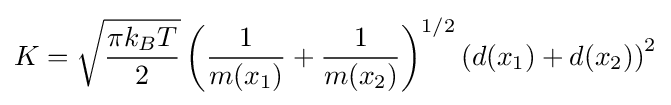
K={\sqrt {\frac {\pi k_{B}T}{2}}}\left({\frac {1}{m(x_{1})}}+{\frac {1}{m(x_{2})}}\right)^{1/2}\left(d(x_{1})+d(x_{2})\right)^{2}